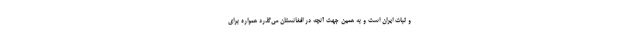
و ثبات ایران است و به همین جهت آنچه در افغانستان می‌گذرد همواره برای